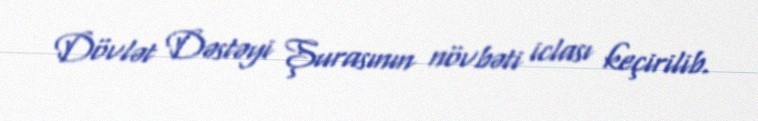
Dövlət Dəstəyi Şurasının növbəti iclası keçirilib.